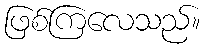
ဖြစ်ကြလေသည်။